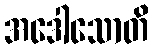
အဒေါသောတိ